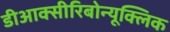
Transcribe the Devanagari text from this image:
डीआक्सीरिबोन्यूक्लिक